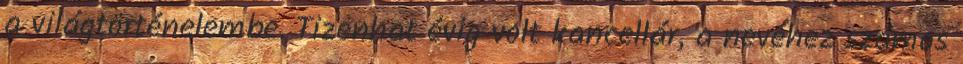
a világtörténelembe. Tizenhat évig volt kancellár, a nevéhez számos